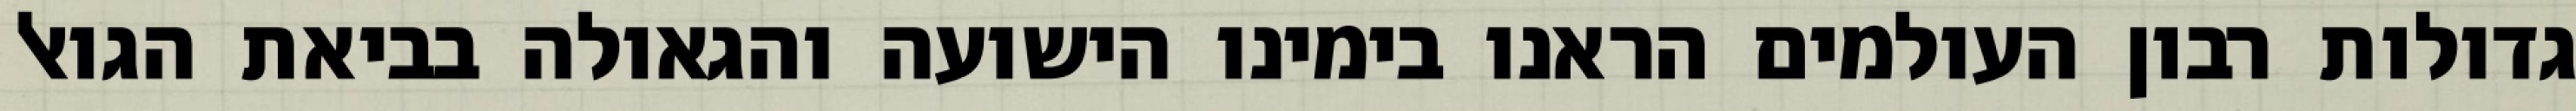
גדולות רבון העולמים הראנו בימינו הישועה והגאולה בביאת הגואל